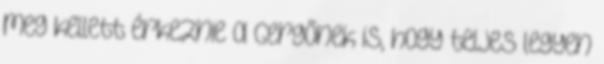
meg kellett érkeznie a Gergőnek is, hogy teljes legyen